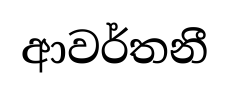
ආවර්තනී